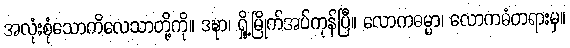
အလုံးစုံသောကိလေသာတို့ကို။ ဒဍ္ဎာ၊ ရှို့မြိုက်အပ်ကုန်ပြီ။ လောကဓမ္မာ၊ လောကဓံတရားမှ။